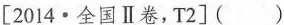
[2014·全国Ⅱ卷，T2]()